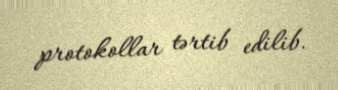
protokollar tərtib edilib.